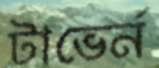
টাভের্ন